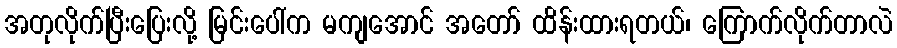
အတုလိုက်ပြီးပြေးလို့ မြင်းပေါ်က မကျအောင် အတော် ထိန်းထားရတယ်၊ ကြောက်လိုက်တာလဲ